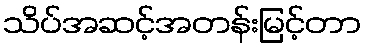
သိပ်အဆင့်အတန်းမြင့်တာ